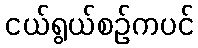
ငယ်ရွယ်စဉ်ကပင်